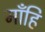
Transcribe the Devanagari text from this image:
माँहि